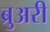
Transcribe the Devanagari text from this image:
ब्रुअरी